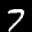
Label: 7